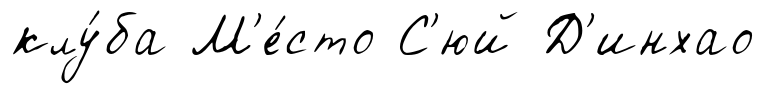
клу́ба М'е́сто С'юй Д'инхао